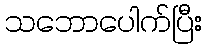
သဘောပေါက်ပြီး